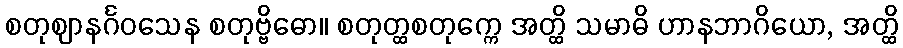
စတုဈာနင်္ဂဝသေန စတုဗ္ဗိဓော။ စတုတ္ထစတုက္ကေ အတ္ထိ သမာဓိ ဟာနဘာဂိယော, အတ္ထိ